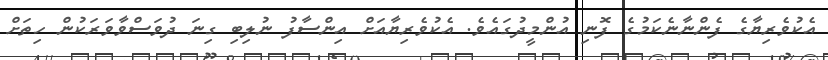
އެކުވެރިޔާގެ ފެންނާނެކަމުގެ ފޮނި އުންމީދުގައެވެ. އެކުވެރިޔާއަށް އިންސާފު ނުލިބި ގިނަ ދުވަސްވާވަރަކުން ހިތަށް